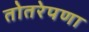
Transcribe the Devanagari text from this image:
तोतरेपणा